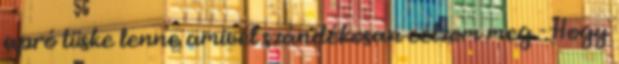
apró tüske lenne amivel szándékosan célzom meg - Hogy